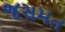
જસમત